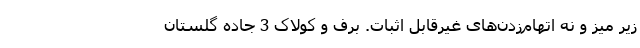
زیر میز و نه اتهام‌زدن‌های غیرقابل اثبات. برف و کولاک 3 جاده گلستان